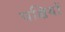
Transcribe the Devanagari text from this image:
पक्षियों